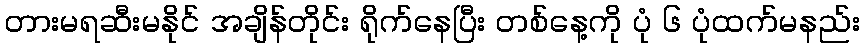
တားမရဆီးမနိုင် အချိန်တိုင်း ရိုက်နေပြီး တစ်နေ့ကို ပုံ ၆ ပုံထက်မနည်း